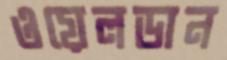
ওয়েলডান